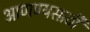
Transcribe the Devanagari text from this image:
आणण्यसाठी